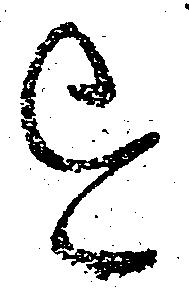
を